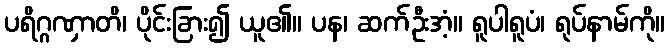
ပရိဂ္ဂဏှာတိ၊ ပိုင်းခြား၍ ယူ၏။ ပန၊ ဆက်ဦးအံ့။ ရူပါရူပံ၊ ရုပ်နာမ်ကို။